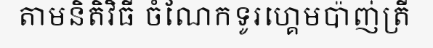
តាមនិតិវិធី ចំណែកទូរហ្គេមប៉ាញ់ត្រី